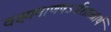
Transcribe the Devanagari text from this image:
वक्ष्यमाणषऽर्धशास्त्रार्थ